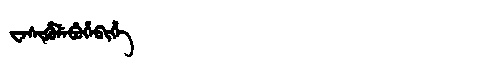
Manchu: ᠸᡝᠰᡳᡥᡠᠯᡝᠪᡠᡥᡝᠪᡳᡥᡝ
Romanization: WESIHULEBUHEBIHE